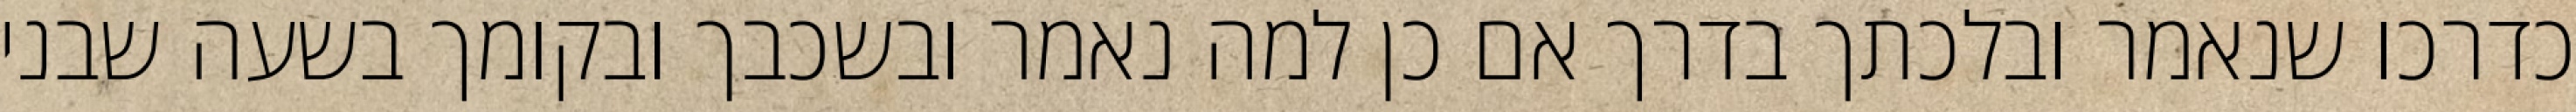
כדרכו שנאמר ובלכתך בדרך אם כן למה נאמר ובשכבך ובקומך בשעה שבני